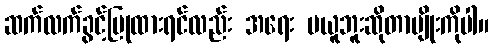
ဆက်လက်ခွင့်ပြုထားရင်လည်း အရေး မယူဘူးဆိုတာမျိုးကိုပါ။